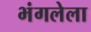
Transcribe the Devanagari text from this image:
भंगलेला